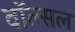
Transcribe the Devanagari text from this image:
वॉल्सल